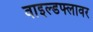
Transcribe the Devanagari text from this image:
वाइल्डफ्लावर